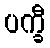
ပက္ခီ